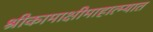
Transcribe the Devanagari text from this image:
श्रीकामाक्षीमाहात्म्यात